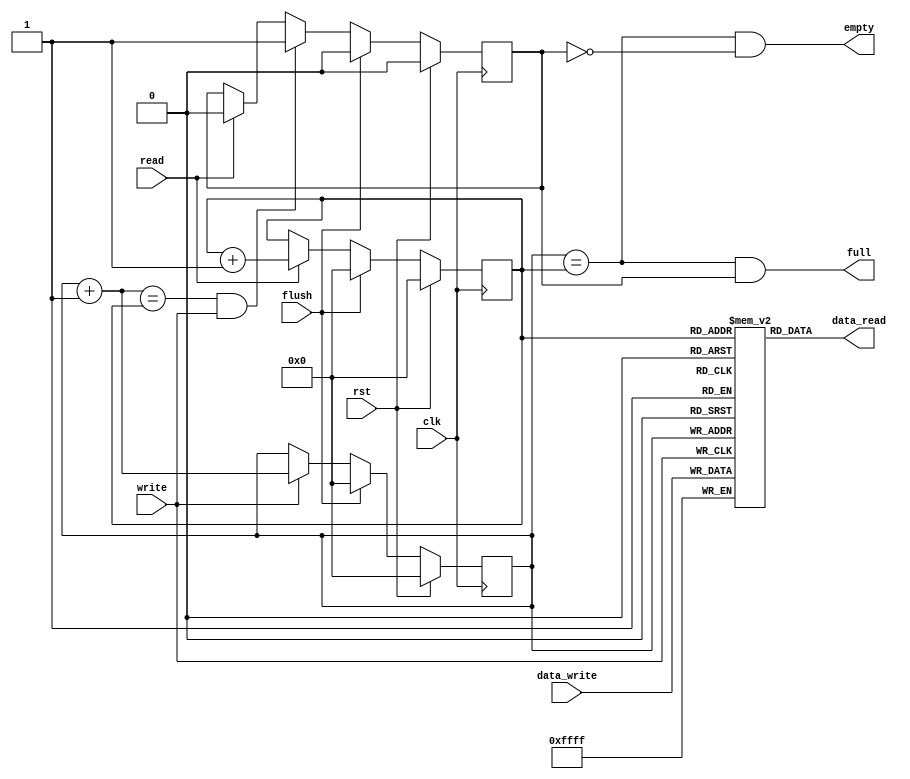
module adxl362_fifo (
   data_read, full, empty,
   data_write, clk, rst, flush, read, write
   ) ;
   parameter WIDTH = 16;
   parameter DEPTH = 512;
   parameter INDEX_WIDTH = $clog2(DEPTH);
   output wire [WIDTH-1:0] data_read;
   output wire             full;
   output wire             empty;
   input wire [WIDTH-1:0]  data_write;
   input wire              clk;
   input wire              rst;
   input wire              flush;
   input wire              read;
   input wire              write;   
   reg [WIDTH-1:0]         fifo [0:DEPTH-1];
   reg [INDEX_WIDTH-1:0]   read_ptr;
   wire [INDEX_WIDTH-1:0]  read_ptr1;
   reg [INDEX_WIDTH-1:0]   write_ptr;
   wire [INDEX_WIDTH-1:0]  write_ptr1;
   reg                     guard;
   always @(posedge clk)
     if (rst) begin
        write_ptr <= 0;        
     end else if (flush) begin
        write_ptr <= 0;        
     end else if (write) begin
        write_ptr <= write_ptr1;        
     end
   assign write_ptr1 = write_ptr + 1;
   always @(posedge write)
     if (write) begin
        fifo[write_ptr] <= data_write;        
     end
   always @(posedge clk)
     if (rst) begin
        read_ptr <= 0;        
     end else if (flush) begin
        read_ptr <= 0;        
     end else if (read) begin
        read_ptr <= read_ptr1;        
     end
   assign read_ptr1 = read_ptr + 1;
   assign data_read = fifo[read_ptr];
   always @(posedge clk)
     if (rst) begin
        guard <= 0;        
     end else if (flush) begin
        guard <= 0;        
     end else if ((write_ptr1 == read_ptr) && write) begin
        guard <= 1;        
     end else if (read) begin
        guard <= 0;        
     end
   assign empty = (write_ptr == read_ptr) & !guard;
   assign full = (write_ptr == read_ptr) & guard;
endmodule